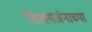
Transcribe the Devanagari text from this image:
शिवगर्जनाच्या